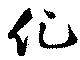
化